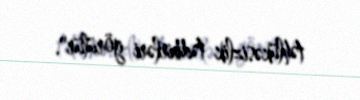
təhlükəsizlik tədbirləri görülür".